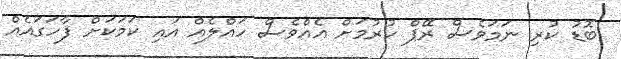
ބޮޑު ކުރި ނަމަވެސް ރޭޕް ކުރުމަށް އެއްވެސް ހައްލެއް އައި ކަމަކަށް ފާހަގައެއް